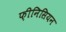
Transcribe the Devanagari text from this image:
फ़ीनिसियन